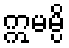
ဣမမ္ပိ